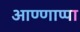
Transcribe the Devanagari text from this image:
आण्णाप्पा